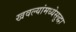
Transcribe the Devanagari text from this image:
खवल्यांमध्येसुद्धा